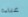
عباءة